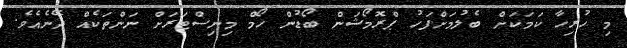
މި ހުރިހާ ކަމަކަށް ބެލުމަށްފަހު ޕްރޮމޯޝަން ބޯޑުން ހޯމް މިނިސްޓަރަށް ނަންތަކެއް ދޭނެއެވެ.